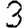
Digit: 3